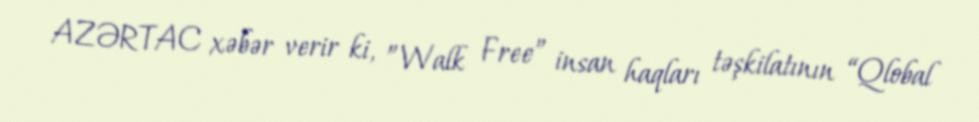
AZƏRTAC xəbər verir ki, ”Walk Free” insan haqları təşkilatının “Qlobal